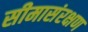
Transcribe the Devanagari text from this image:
सीमासंरक्षण